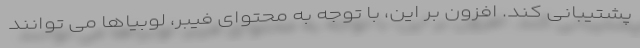
پشتیبانی کند. افزون بر این، با توجه به محتوای فیبر، لوبیاها می توانند